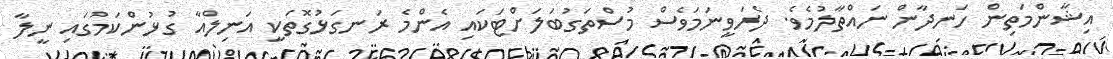
އިޝާންމަތިން ހަނދާން ނައްތާލުމެވެ. ދެރަވީނަމަވެސް މުސްތަގުބަލަށްޓަކައި އެންމެ ރަނގަޅުގޮތަކީ އަނިލްއާ ގުޅުންކަމުގައި ނީލާ